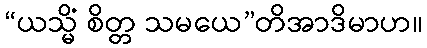
“ယသ္မိံ စိတ္တ သမယေ”တိအာဒိမာဟ။